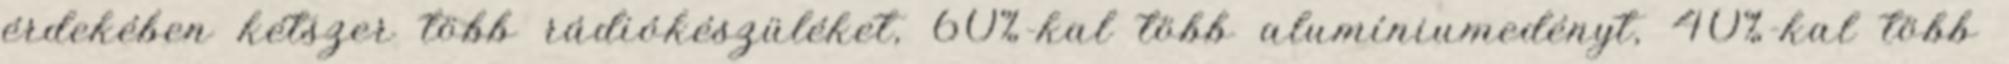
érdekében kétszer több rádiókészüléket, 60%-kal több alumíniumedényt, 40%-kal több